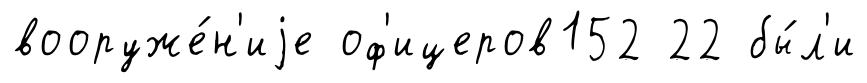
вооруже́н'иjе оф'ицеров152 22 бы́л'и